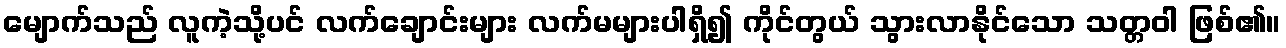
မျောက်သည် လူကဲ့သို့ပင် လက်ချောင်းများ လက်မများပါရှိ၍ ကိုင်တွယ် သွားလာနိုင်သော သတ္တဝါ ဖြစ်၏။